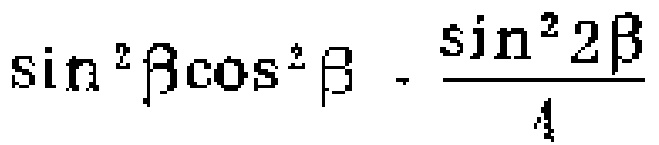
$\sin ^{2}\beta\cos ^{2}\beta-\frac{\sin ^{2}2\beta}{4}$